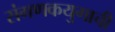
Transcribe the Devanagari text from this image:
संगणकयुगाची